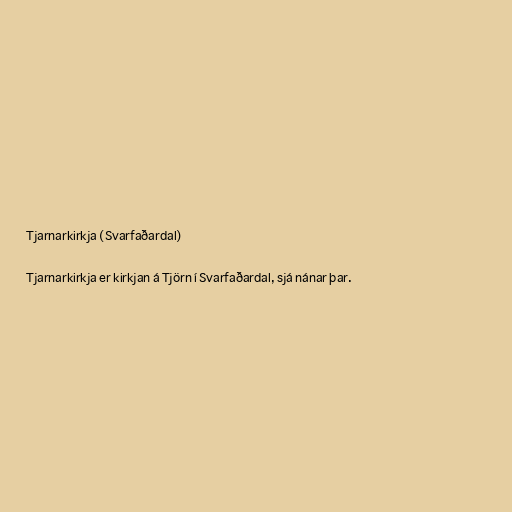
Tjarnarkirkja (Svarfaðardal)

Tjarnarkirkja er kirkjan á Tjörn í Svarfaðardal, sjá nánar þar.